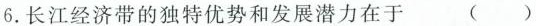
6.长江经济带的独特优势和发展潜力在于 ( )